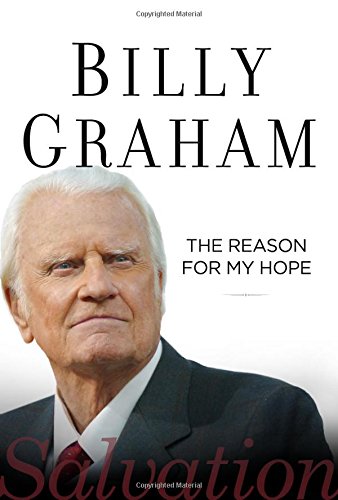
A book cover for The Reason for My Hope: Salvation; Billy Graham; Christian Books & Bibles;